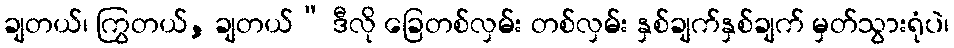
ချတယ်၊ ကြွတယ်, ချတယ်” ဒီလို ခြေတစ်လှမ်း တစ်လှမ်း နှစ်ချက်နှစ်ချက် မှတ်သွားရုံပဲ၊